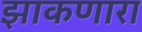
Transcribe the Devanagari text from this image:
झाकणारा